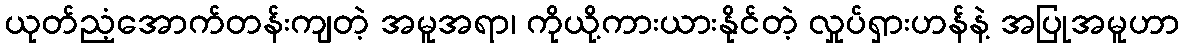
ယုတ်ညံ့အောက်တန်းကျတဲ့ အမူအရာ၊ ကိုယို့ကားယားနိုင်တဲ့ လှုပ်ရှားဟန်နဲ့ အပြုအမူဟာ